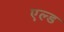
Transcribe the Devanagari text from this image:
एल्ड